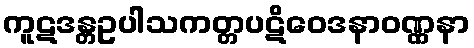
ကူဋဒန္တဥပါသကတ္တပဋိဝေဒနာဝဏ္ဏနာ